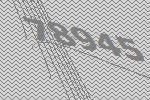
78945